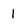
Character: 1